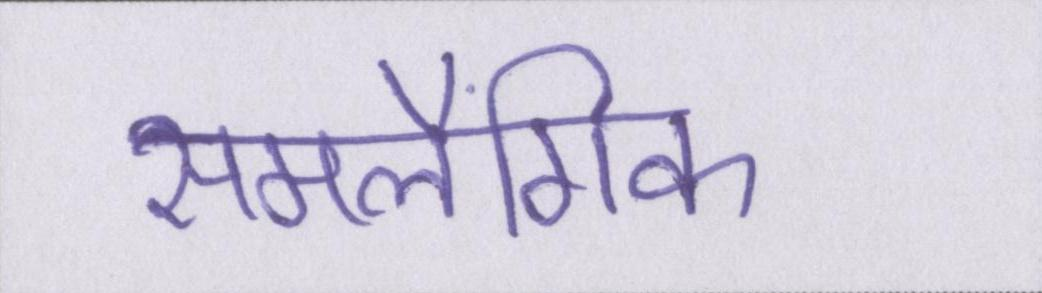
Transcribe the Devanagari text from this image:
समलैंगिक